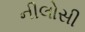
નીલોસી